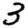
Digit: 3